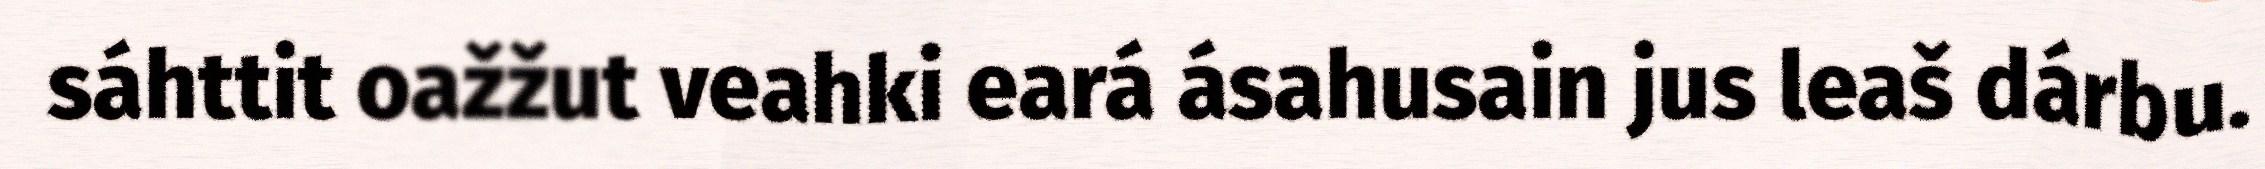
sáhttit oažžut veahki eará ásahusain jus leaš dárbu.